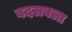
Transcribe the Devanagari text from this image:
बदलवला